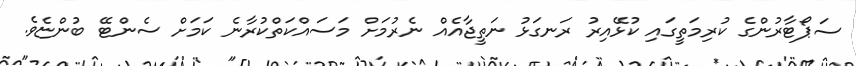
ސަޕޯޓާރުންގެ ކުރިމަތީގައި ކުޅޭއިރު ރަނގަޅު ނަތީޖާއެެއް ނެރުމަށް މަސައްކަތްކުރާނެ ކަމަށް ސެންޓޭ ބުންޏެވެ.